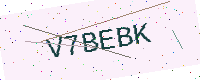
Text: V7BEBK